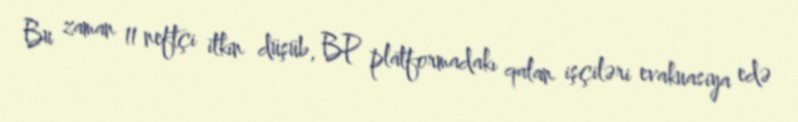
Bu zaman 11 neftçi itkin düşüb, BP platformadakı qalan işçiləri evakuasiya edə